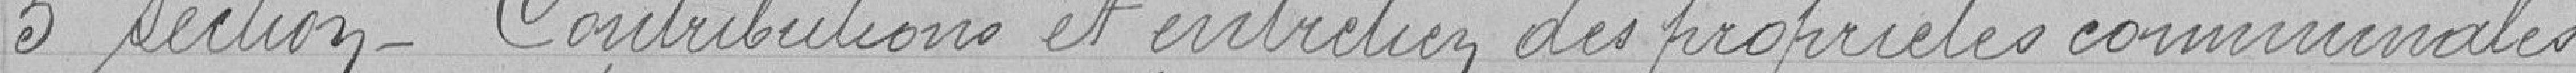
5º Section- Contributions et entretien des propriétés communales